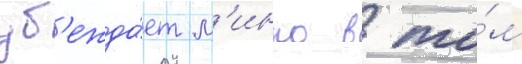
уб'ежда́ет м'инко в то́м